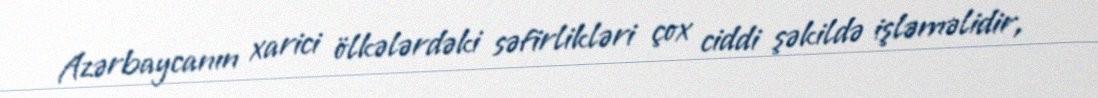
Azərbaycanın xarici ölkələrdəki səfirlikləri çox ciddi şəkildə işləməlidir,